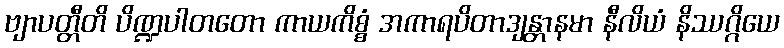
ဗျာပတ္တီတိ ပိဏ္ဍပါတတော ကာယကိစ္စံ အကာရပိတာဒျန္တာနမာ နီလိယံ နိဿဂ္ဂိယေ